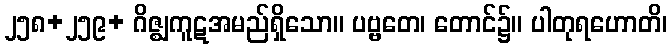
၂၅၈+၂၅၉+ ဂိဇ္ဈကူဋအမည်ရှိသော။ ပဗ္ဗတေ၊ တောင်၌။ ပါတုရဟောတိ၊